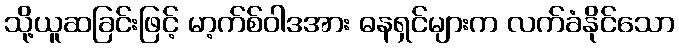
သို့ယူဆခြင်းဖြင့် မာ့က်စ်ဝါဒအား ဓနရှင်များက လက်ခံနိုင်သော